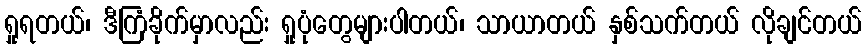
ရှုရတယ်၊ ဒီကြံခိုက်မှာလည်း ရှုပုံတွေများပါတယ်၊ သာယာတယ် နှစ်သက်တယ် လိုချင်တယ်